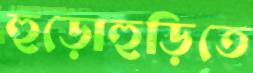
হুড়োহুড়িতে